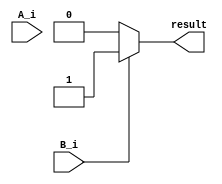
module OR_Module 
(
	//aluOP
	input A_i,
	//resultado de la alu
	input B_i,
	
	
	output reg result

);


always@(A_i,B_i,result) 

	begin
	// si es ai es igual a jal  o bi (resultado de la alu) 1 
	if(A_i == 4'b1101 || B_i == 1)
		result = 1'b1;
		else 
		 result = 1'b0;
	end
	
endmodule